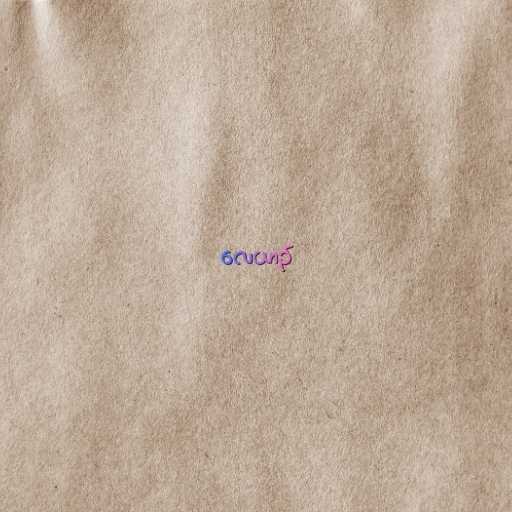
လေယာဉ်